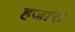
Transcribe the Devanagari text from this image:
हजार।